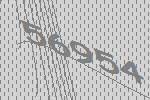
56954